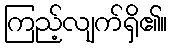
ကြည့်လျက်ရှိ၏။